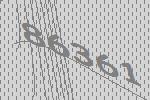
86361